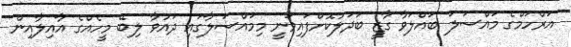
އަރްހަމްގެ މައްސަލަ ބައްލަވާ ގާޒީ ބަދަލުކޮށްފައިވަނީ މިމައްސަލާގައި ދައުވާ ލިބޭ މީހެއްގެ އާއިލާއިން